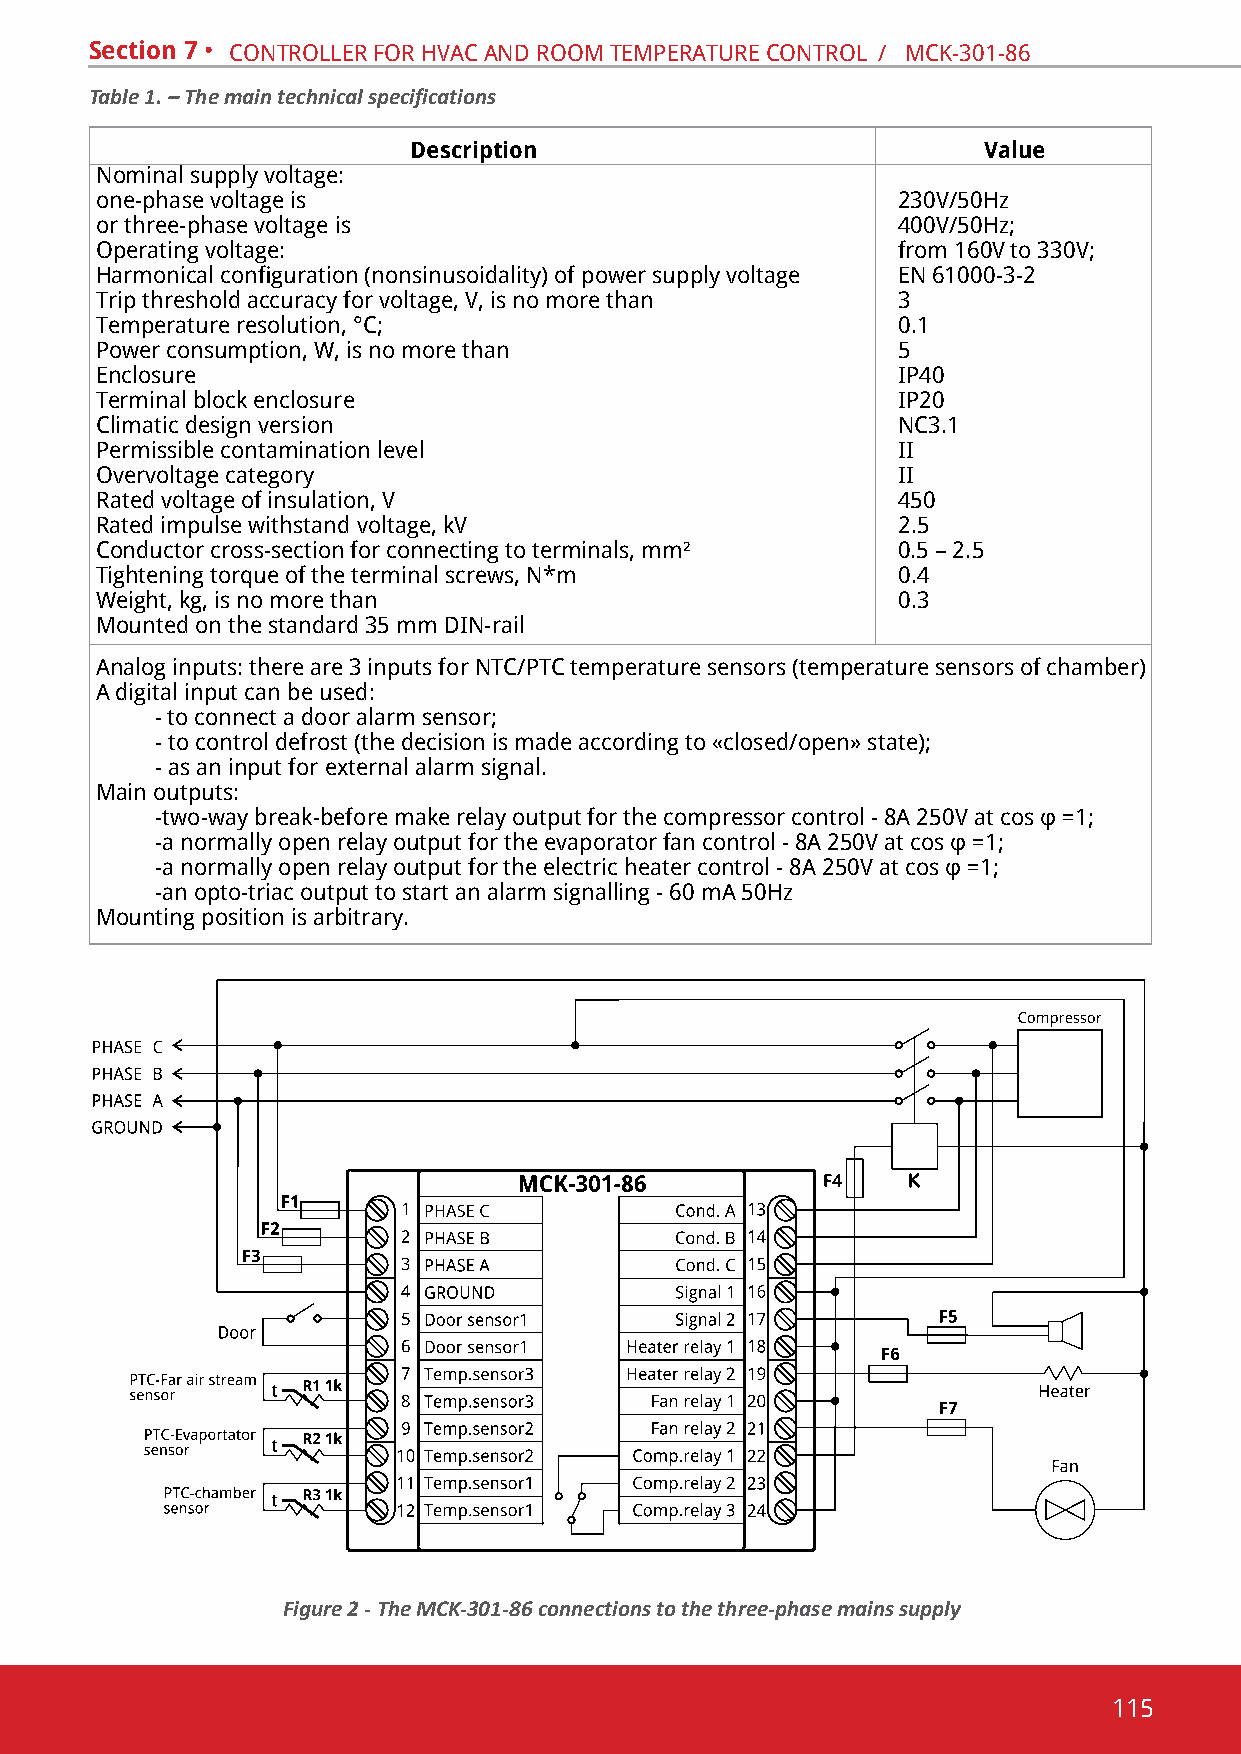
Section 7 • contRolleR foR hvac and Room tempeRatuRe contRol / mcK-301-86
 Table 1. – The main technical specifications
 Description                           Value
 nominal supply voltage:
 one-phase voltage is                                 230v/50hz
 or three-phase voltage is                            400v/50hz;
 operating voltage:                                   from 160v to 330v;
 Harmonical configuration (nonsinusoidality) of power supply voltage en 61000-3-2
 trip threshold accuracy for voltage, v, is no more than 3
 temperature resolution, °c;                          0.1
 power consumption, W, is no more than                5
 enclosure                                            ip40
 terminal block enclosure                             ip20
 climatic design version                              NС3.1
 permissible contamination level                      ii
 overvoltage category                                 ii
 Rated voltage of insulation, v                       450
 Rated impulse withstand voltage, kv                  2.5
 conductor cross-section for connecting to terminals, mm² 0.5 – 2.5
 Tightening torque of the terminal screws, N*m        0.4
 Weight, kg, is no more than                          0.3
 mounted on the standard 35 mm din-rail
 analog inputs: there are 3 inputs for ntc/ptc temperature sensors (temperature sensors of chamber)
 a digital input can be used:
 - to connect a door alarm sensor;
 - to control defrost (the decision is made according to «closed/open» state);
 - as an input for external alarm signal.
 main outputs:
 -two-way break-before make relay output for the compressor control - 8A 250V at cos φ =1;
 -a normally open relay output for the evaporator fan control - 8A 250V at cos φ =1;
 -a normally open relay output for the electric heater control - 8A 250V at cos φ =1;
 -an opto-triac output to start an alarm signalling - 60 ma 50hz
 mounting position is arbitrary.
 Figure 2 - The MCK-301-86 connections to the three-phase mains supply
 115